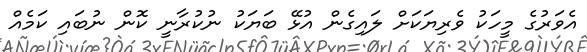
އެވަރުގެ މީހަކު ވެރިޔަކަށް ލައިގެން އުޅޭ ބަޔަކު ނުކުރާނީ ކޮން ނުބައި ކަމެއް